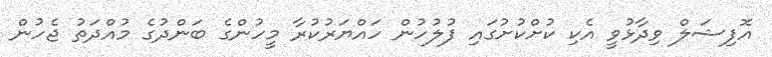
އޮފިޝަލް ވިދާޅުވީ އެކި ކުށްކުށުގައި ފުލުހުން ހައްޔަރުކުރާ މީހުންގެ ބަންދުގެ މުއްދަތު ޖެހުން